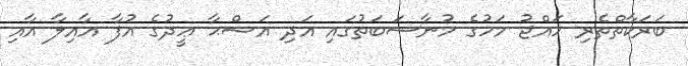
ބަރަކާތްތެރި ހައްޖު މަހުގެ މުނާސަބަތުގައި އަދި އަޟްޙާ ޢީދުގެ އުފާ އާއިލާ އާއި